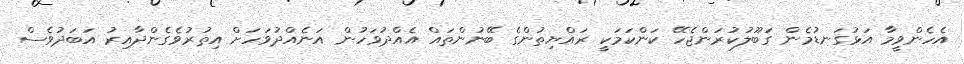
އެހެންވީމާ އަޅުގަނޑުމެން ގަބޫލުކުރަންޖެހޭ ކަންކަމަކީ ރައްޔިތުންގެ ބޭނުންތައް އެއްދުވަހުން އަނެއްދުވަހަށް އިތުރުވެގެންދާއިރު އަބަދުވެސް